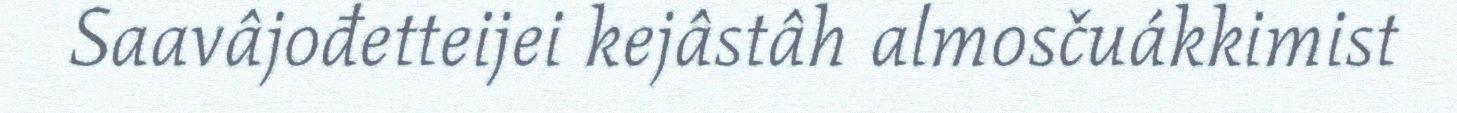
Saavâjođetteijei kejâstâh almosčuákkimist